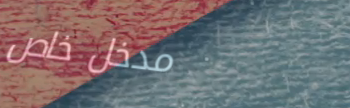
مدخل خاص